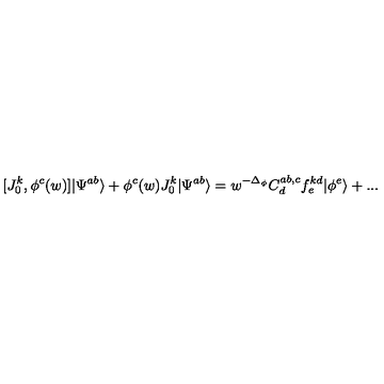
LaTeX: [ J _ { 0 } ^ { k } , \phi ^ { c } ( w ) ] | \Psi ^ { a b } \rangle + \phi ^ { c } ( w ) J _ { 0 } ^ { k } | \Psi ^ { a b } \rangle = w ^ { - \Delta _ { \phi } } C _ { d } ^ { a b , c } f _ { e } ^ { k d } | \phi ^ { e } \rangle + . . .